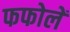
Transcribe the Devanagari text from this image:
फफोलें